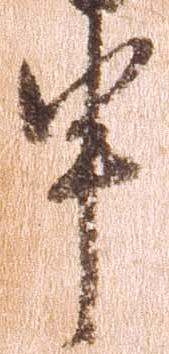
申